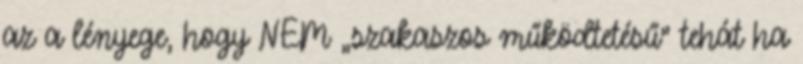
az a lényege, hogy NEM „szakaszos működtetésű” tehát ha